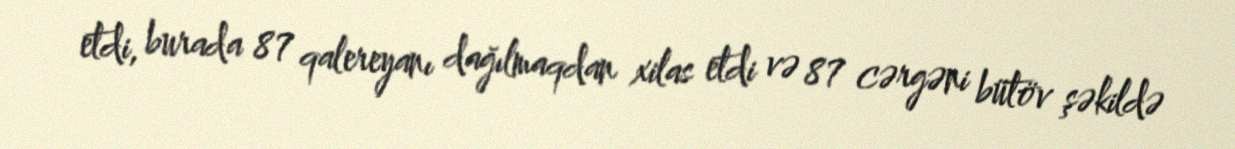
etdi, burada 87 qalereyanı dağılmaqdan xilas etdi və 87 cərgəni bütöv şəkildə